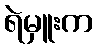
ရဲမှူးက